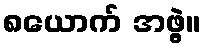
၈ယောက် အဖွဲ့။